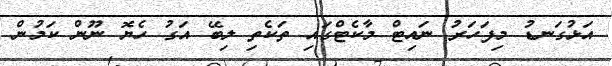
އަޅުގަނޑު މިފަހަރު ނައިޓް މާކެޓްގައި ތަކެތި ލިބޭ އަގު ހެޔޮ ނޫން ކަމުން